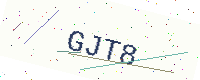
Text: GJT8